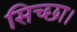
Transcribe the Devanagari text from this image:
सिच्‍छा।